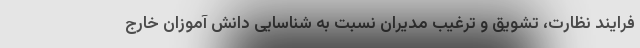
فرایند نظارت، تشویق و ترغیب مدیران نسبت به شناسایی دانش آموزان خارج